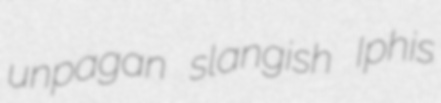
unpagan slangish Iphis